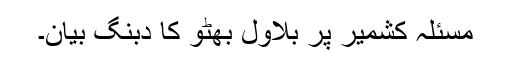
مسئلہ کشمیر پر بلاول بھٹو کا دبنگ بیان۔